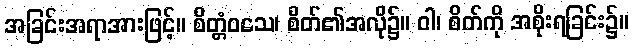
အခြင်းအရာအားဖြင့်။ စိတ္တံဝသေ၊ စိတ်၏အလို၌။ ဝါ၊ စိတ်ကို အစိုးရခြင်း၌။